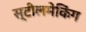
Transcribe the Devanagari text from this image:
स्टीलमेकिंग